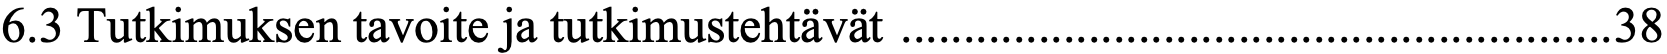
6.3 Tutkimuksen tavoite ja tutkimustehtävät ......................................................... 38